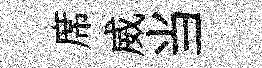
席威当